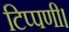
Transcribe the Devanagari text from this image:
टिप्पणी।